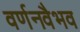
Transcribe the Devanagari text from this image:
वर्णनवैभव